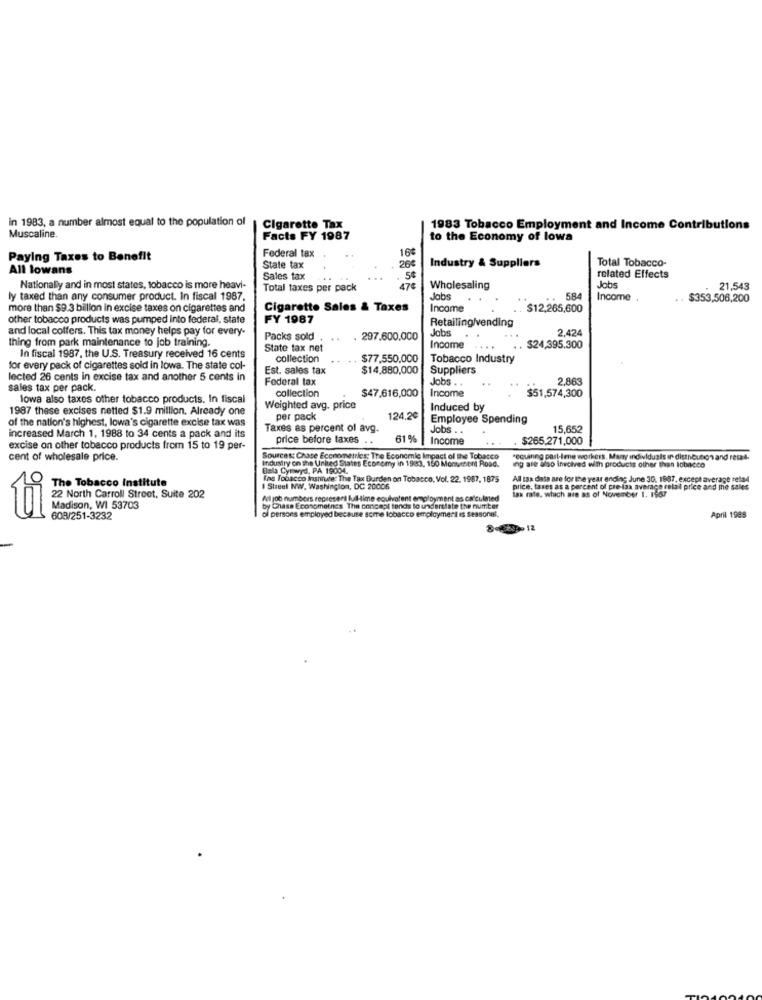
in 1983, a number almost equal to the population of
Cigarette Tax
1983 Tobacco Employment and Income Contributions
Muscaline.
Facts FY 1987
to the Economy of lowa
Federal tax
16
Paying Taxes to Benefit
Total Tobacco-
All lowans
State tax
26
Industry & Suppliers
Sales tax
related Effects
Nationally and in most states, tobacco is more heavi-
Total taxes per pack
17¢
Wholesaling
Jobs
21,543
ly taxed than any consumer product. In fiscal 1987.
Jobs
.
..
..
584
Income
..
$353,506,200
more than $9.3 billion in excise taxes on cigarettes and
Cigarette Sales & Taxes
Income
.. $12,265,600
other tobacco products was pumped into federal, state
FY 1987
Retailing/vending
and local coffers. This tax money helps pay for every-
Jobs
. .
2.424
thing from park maintenance to job training.
Packs sold
. 297.600.000
State tax net
Income
$24,395.300
In fiscal 1987, the U.S. Treasury received 16 cents
collection
$77,550,000
Tobacco Industry
for every pack of cigarettes sold in lowa. The state col-
Est. sales tax
$14,880,000
Suppliers
lected 26 cents in excise tax and another 5 cents in
Federal tax
Jobs . .
..
2.863
sales tax per pack.
$47,616,000
Income
..
$51,574,300
lowa also taxes other tobacco products. In fiscal
collection
1987 these excises netted $1.9 million. Already one
Weighted avg. price
Induced by
of the nation's highest, lowa's cigarette excise tax was
per pack
124,20
Employee Spending
Taxes as percent of avg.
Jobs . .
15,652
increased March 1, 1988 to 34 cents a pack and its
price before taxes
61 %
Income
$265.271,000
excise on other tobacco products from 15 to 19 per-
cent of wholesale price.
Sources: Chase Econometrics; The Economic Impact of the Tobacco
Industry on the United States Economy in 1983. 150 Monument Road.
"equinng past-Imne workers. Many individuais in dittnoution and retal.
Bala Cynwyd, PA 19004.
ing are also involved with products other than tobacco
Ine Tobacco Inshiute: The Tax Burden on Tobacco, Vol. 22. 1987, 1875
All tax data are for the year ending June 30, 1887, except average retad
The Tobacco Institute
I Street NW, Washington, DC 20006
tax rate, which are as of November 1. 1987
price, taxes as a percent of pre-las average retail price and the sales
22 North Carroll Street, Suite 202
Adl job numbers represent full-time equivalent employment as calculated
Madison, WI 53703
of persons employed because some tobacco employment es seasonal.
by Chase Econometnes The concept tends to understate the number
ti
608/251-3232
April 1989